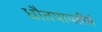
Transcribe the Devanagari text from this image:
धौतपापतीर्थ